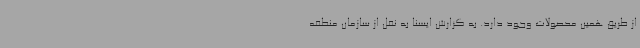
از طریق همین محصولات وجود دارد. به گزارش ایسنا به نقل از سازمان منطقه